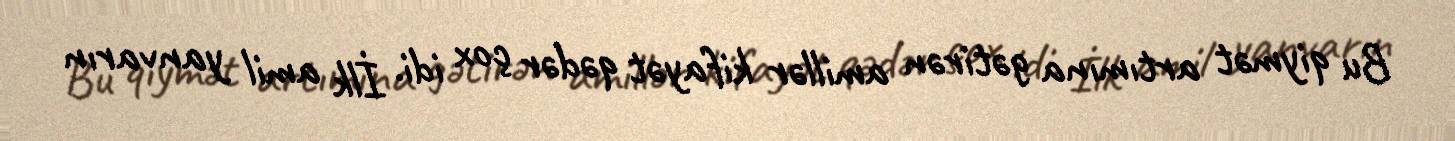
Bu qiymət artımına gətirən amillər kifayət qədər çox idi. İlk amil yanvarın